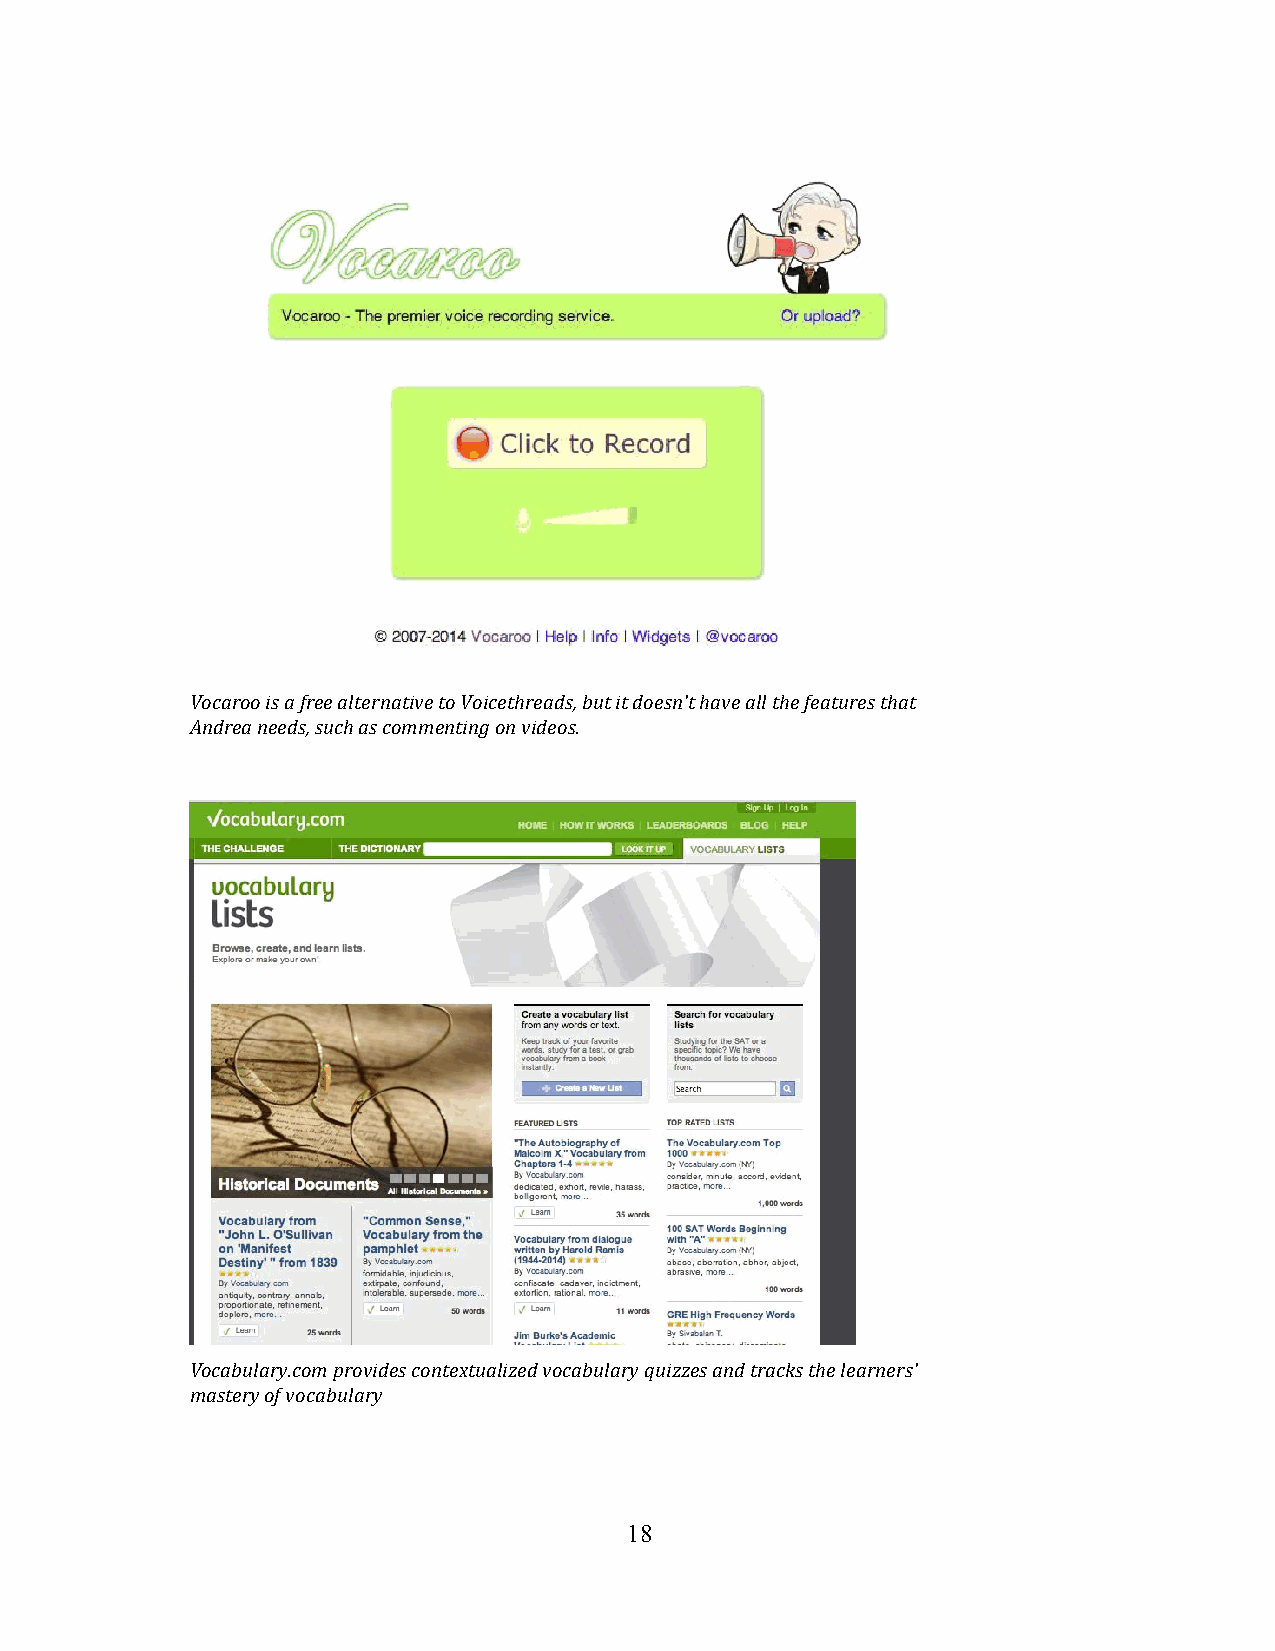
Vocaroo is a free alternative to Voicethreads, but it doesn't have all the features that
 Andrea needs, such as commenting on videos.
 Vocabulary.com provides contextualized vocabulary quizzes and tracks the learners'
 mastery of vocabulary
 1 8